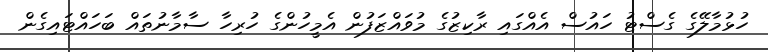
ހުޅުމާލޭގެ ގެސްޓު ހައުސް އެއްގައި ރާކިޒުގެ މުވައްޒަފުން އެމީހުންގެ ހުރިހާ ސާމާނުތައް ބަހައްޓައިގެން